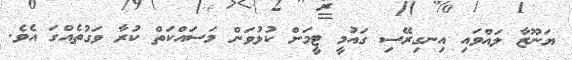
ޔަނޫޒާ ލައްވައި އިނގިރޭސި ގައުމީ ޓީމަށް ކުޅުވަން މަސައްކަތް ކުރާ ވަގުތެއްގަ އެވެ.